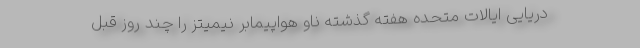
دریایی ایالات متحده هفته گذشته ناو هواپیمابر نیمیتز را چند روز قبل